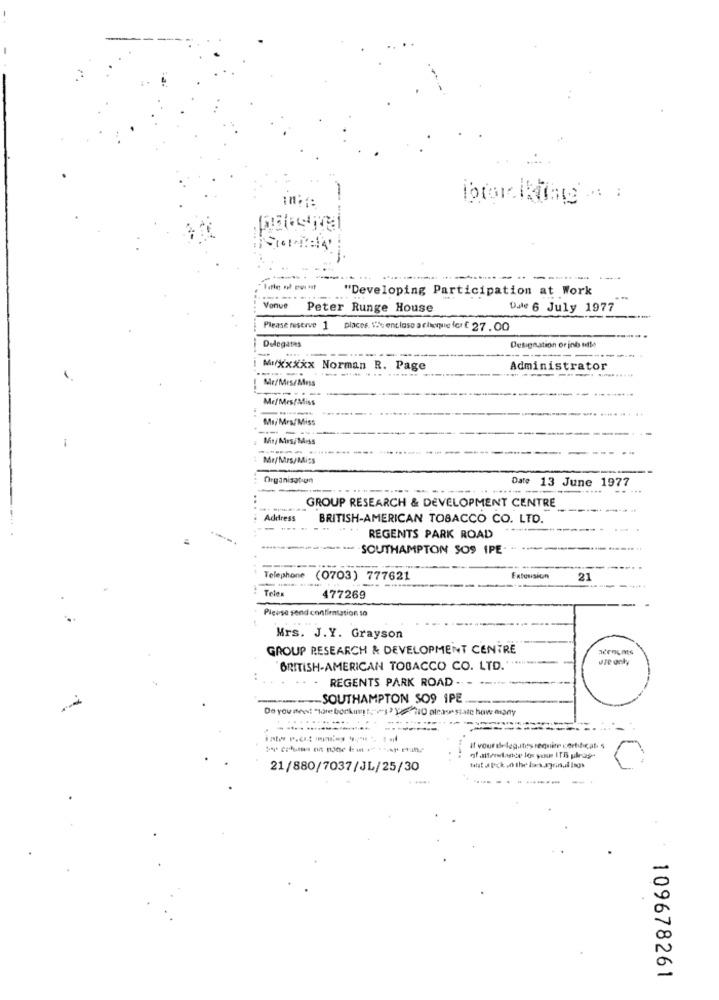
-----
"Developing Participation at Work
Vonue
Peter Runge House
Dale 6 July 1977
Please reserve 1
places. 1% enclase a cheque for f 27.00
Delegates
--
Designation or inb ulle
i Muxxxxx Norman R. Page
Administrator
Mr/Mes/Mdess
Me/ Mes/Miss
Ms/ Mrs/Miss
Mr/Mrs/Miss
Organisation
Date 13 June 1977
...
GROUP RESEARCH & DEVELOPMENT CENTRE
Address
BRITISH-AMERICAN TOBACCO CO. LTD.
REGENTS PARK ROAD
SOUTHAMPTON SOS IPE-
Telephone
(0703) 777621
Extension
21
Telex
477269
Please send confirmation so
Mrs. J.Y. Grayson
GROUP RESEARCH & DEVELOPMENT CENTRE
BRITISH-AMERICAN TOBACCO CO. LTD.
- REGENTS PARK ROAD ..
---- SOUTHAMPTON SO9 1PE
Do you see: fare borkum -2010 plc
many
inte P.cit inios 4 . 1 .
It vour de leg.itis require certificate $
21/880/7037/JL/25/30
109678261